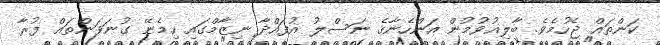
ކަންތައް ޖެހުމެވެ. ބާލިޣުވުމުން އަންހެނާގެ ނަސްލު އުފައްދާ ނިޒާމްގައި ހިމެނޭ ގުނަވަންތައް ފުރާ